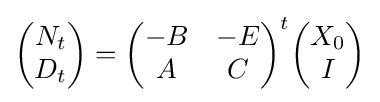
{\begin{pmatrix}N_{t}\\D_{t}\end{pmatrix}}={\begin{pmatrix}-B&-E\\A&C\end{pmatrix}}^{t}{\begin{pmatrix}X_{0}\\I\end{pmatrix}}